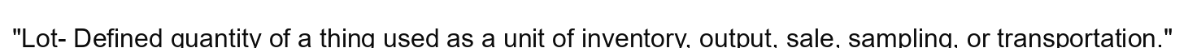
"Lot- Defined quantity of a thing used as a unit of inventory, output, sale, sampling, or transportation."